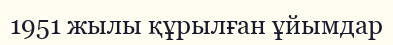
1951 жылы құрылған ұйымдар